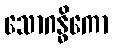
သောဂန္ဓိကော